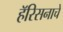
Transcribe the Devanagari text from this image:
हॅरिसनाचे